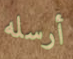
أرسله